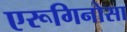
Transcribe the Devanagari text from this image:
एरूगिनोसा